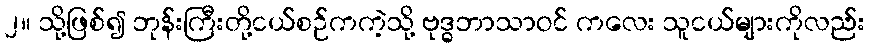
၂။ သို့ဖြစ်၍ ဘုန်းကြီးတို့ငယ်စဉ်ကကဲ့သို့ ဗုဒ္ဓဘာသာဝင် ကလေး သူငယ်များကိုလည်း